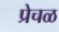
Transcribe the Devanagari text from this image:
प्रेचळ